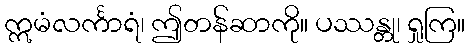
ဣမံလင်္ကာရံ၊ ဤတန်ဆာကို။ ပဿန္တု၊ ရှုကြ။